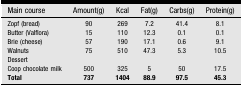
<table><thead><tr><td><b>Main course</b></td><td><b>Amount(g)</b></td><td><b>Kcal</b></td><td><b>Fat(g)</b></td><td><b>Carbs(g)</b></td><td><b>Protein(g)</b></td></tr></thead><tbody><tr><td>Zopf (bread)</td><td>90</td><td>269</td><td>7.2</td><td>41.4</td><td>8.1</td></tr><tr><td>Butter (Valflora)</td><td>15</td><td>110</td><td>12.3</td><td>0.1</td><td>0.1</td></tr><tr><td>Brie (cheese)</td><td>57</td><td>190</td><td>17.1</td><td>0.6</td><td>9.1</td></tr><tr><td>Walnuts</td><td>75</td><td>510</td><td>47.3</td><td>5.3</td><td>10.5</td></tr><tr><td colspan="6">Dessert</td></tr><tr><td>Coop chocolate milk</td><td>500</td><td>325</td><td>5</td><td>50</td><td>17.5</td></tr><tr><td><b>Total</b></td><td><b>737</b></td><td><b>1404</b></td><td><b>88.9</b></td><td><b>97.5</b></td><td><b>45</b><b>.</b><b>3</b></td></tr></tbody></table>